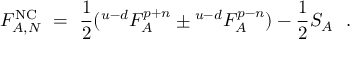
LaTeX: F _ { A , N } ^ { \mathrm { N C } } \ = \ { \frac { 1 } { 2 } } ( { } ^ { u - d } F _ { A } ^ { p + n } \pm { } ^ { u - d } F _ { A } ^ { p - n } ) - { \frac { 1 } { 2 } } S _ { A } ~ ~ .